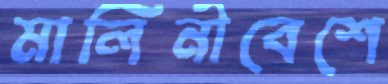
মালিনীবেশে